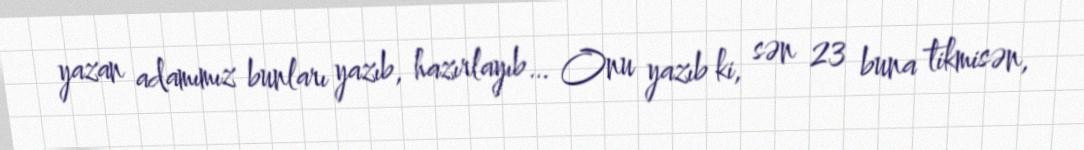
yazan adamımız bunları yazıb, hazırlayıb… Onu yazıb ki, sən 23 buna tikmisən,